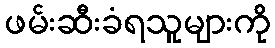
ဖမ်းဆီးခံရသူများကို